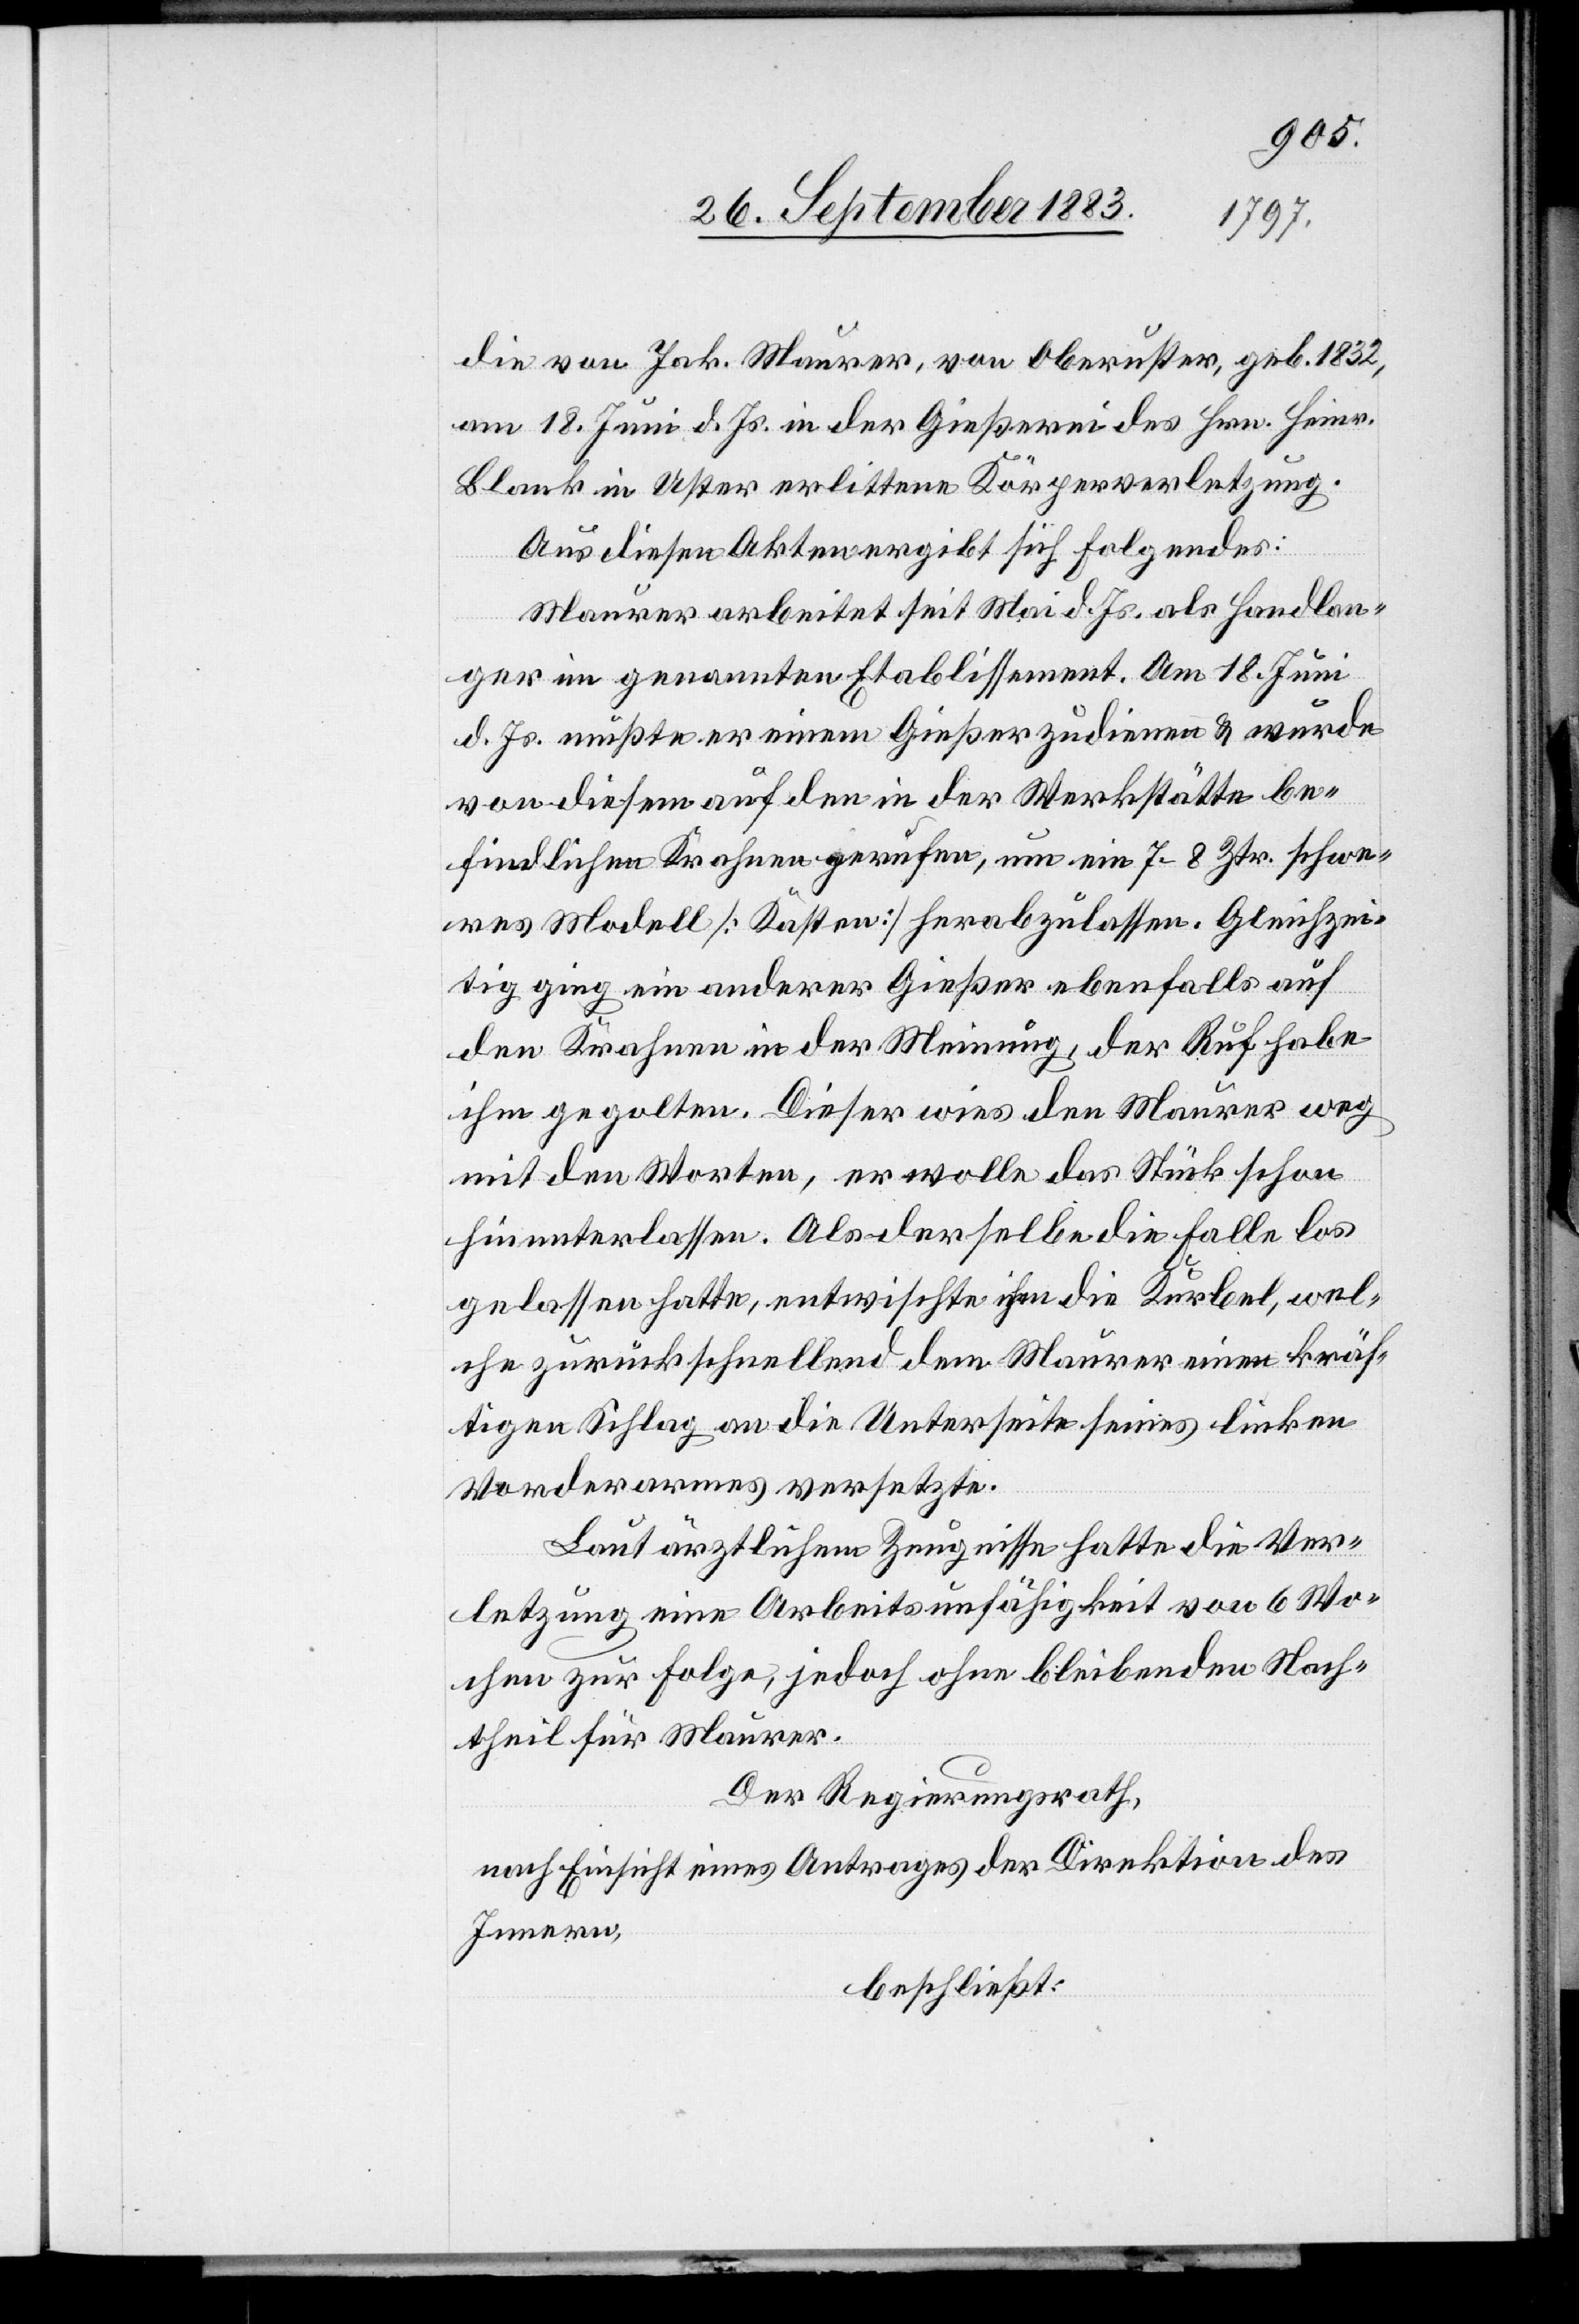
die von Jak. Maurer, von Oberuster, geb. 1832,
am 18. Juni d. Js. in der Gießerei des Hrn. Heinr.
[sic!] in Uster erlittene Körperverletzung.
Aus diesen Akten ergibt sich Folgendes:
Maurer arbeitet seit Mai d. Js. als Handlan¬
ger im genannten Etablissement. Am 18. Juni
d. Js. mußte er einem Gießer zudienen & wurde
von diesem auf den in der Werkstätte be¬
findlichen Krahnen gerufen, um ein 7–8 Ztr. schwe¬
res Modell [Kasten] herabzulassen. Gleichzei¬
tig ging ein anderer Gießer ebenfalls auf
den Krahnen in der Meinung, der Ruf habe
ihm gegolten. Dieser wies den Maurer weg
mit den Worten, er wolle das Stück schon
hinunterlassen. Als derselbe die Falle los
gelassen hatte, entwischte ihm die Kurbel, wel¬
che zurückschnellend dem Maurer einen kräf¬
tigen Schlag an die Unterseite seines linken
Vorderarmes versetzte.
Laut ärztlichem Zeugnisse hatte die Ver¬
letzung eine Arbeitsunfähigkeit von 6 Wo¬
chen zu Folge, jedoch ohne bleibenden Nach¬
theil für Maurer.
Der Regierungsrath,
nach Einsicht eines Antrages der Direktion des
Innern,
beschließt: